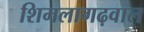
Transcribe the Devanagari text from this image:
शिमलागढ़वाल